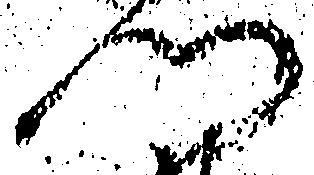
門